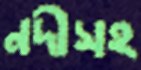
নদীসহ